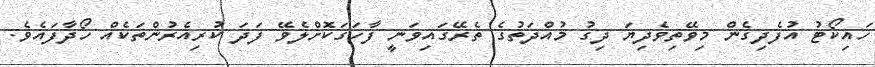
ހައިކޯޓު އުފެދިގެން މިވޭތިވެދިޔަ ދިގު މުއްދަތުގެ ތެރޭގައިވަނީ ފާހަގަކޮށްލެވޭ ފަދަ ކުރިއެރުންތަކެއް ހޯދާފައެވެ.